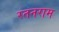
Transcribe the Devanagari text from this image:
रतनराम